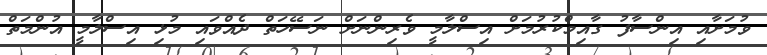
ވުމަށާއި އިންސާފު ގާއިމްކުރުމަށް އިސްލާމީ ވެރިންނަށް ނަސޭހަތް ދެއްވައި މުޅި އިސްލާމީ އުންމަތް